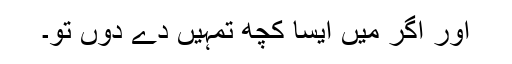
اور اگر میں ایسا کچھ تمہیں دے دوں تو۔